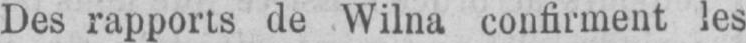
Des rapports de Wilna confirment les